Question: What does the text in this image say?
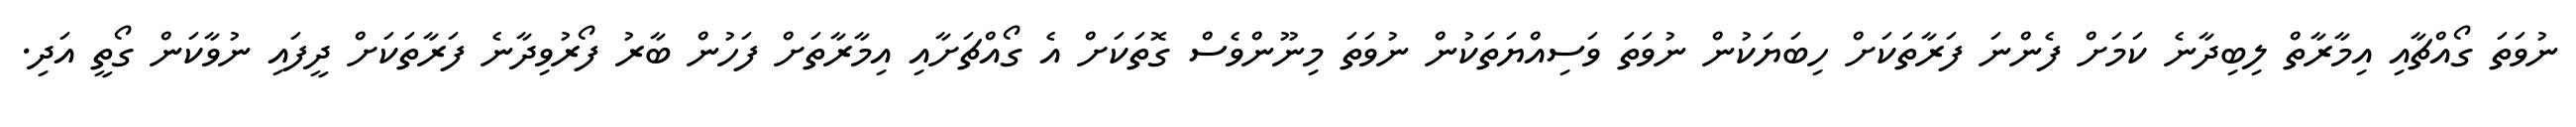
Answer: ނުވަތަ ގޯއްޗާއި އިމާރާތް ލިބިދާނެ ކަމަށް ފެންނަ ފަރާތަކަށް ހިބަޔަކުން ނުވަތަ ވަސިއްޔަތަކުން ނުވަތަ މިނޫންވެސް ގޮތަކަށް އެ ގޯއްޗަށާއި އިމާރާތަށް ފަހުން ބާރު ފޯރުވިދާނެ ފަރާތަކަށް ދީފައި ނުވާކަން ގޯތީ އަދި.